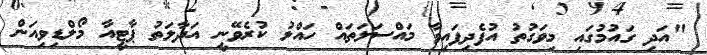
"އަދި ގައުމުގައި މިވަގުތު އުފެދިފައިވާ މައްސަލަތައް ހައްލު ކުރެވޭނީ އަދާލަތު ޕާޓީއާ މޯލްޑިވިއަން